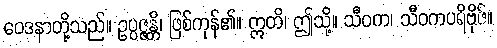
ဝေဒနာတို့သည်။ ဥပ္ပဇ္ဇန္တိ၊ ဖြစ်ကုန်၏။ ဣတိ၊ ဤသို့။ သီဝက၊ သီဝကပရိဗိုဇ်။